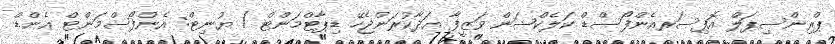
ޕްރިންސިޕަލް އޮފިސަރއެންފޯސްޑް ކަލެކްޝަން ވަޒީފާ އަދާކުރަންޖެހޭ ޑިޕާޓްމަންޓް / ޔުނިޓް: އެންފޯސްމަންޓް އެންޑް